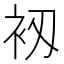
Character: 𧘖